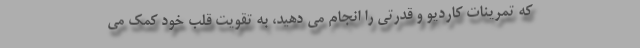
که تمرینات کاردیو و قدرتی را انجام می دهید، به تقویت قلب خود کمک می